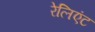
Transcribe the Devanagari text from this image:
रेलिएंट